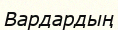
Вардардың